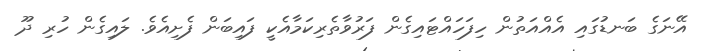
އޭނަގެ ބަނޑުގައި އެއްއަތުން ހިފަހައްޓައިގެން ފަރުވާތެރިކަމާއެކީ ފައިބަން ފެށިއެވެ. ލައިގެން ހުރި ދޫ